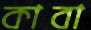
কাবা